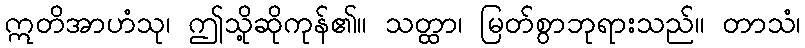
ဣတိအာဟံသု၊ ဤသို့ဆိုကုန်၏။ သတ္ထာ၊ မြတ်စွာဘုရားသည်။ တာသံ၊